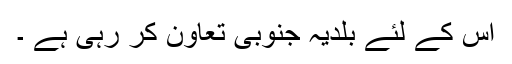
اس کے لئے بلدیہ جنوبی تعاون کر رہی ہے ۔